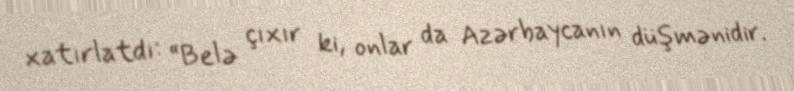
xatırlatdı: “Belə çıxır ki, onlar da Azərbaycanın düşmənidir.